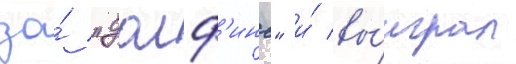
за́ "долф'инс" и́ вы́играл